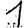
Digit: 1